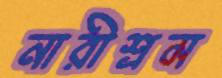
নারীশ্রম